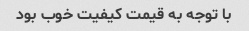
با توجه به قیمت کیفیت خوب بود